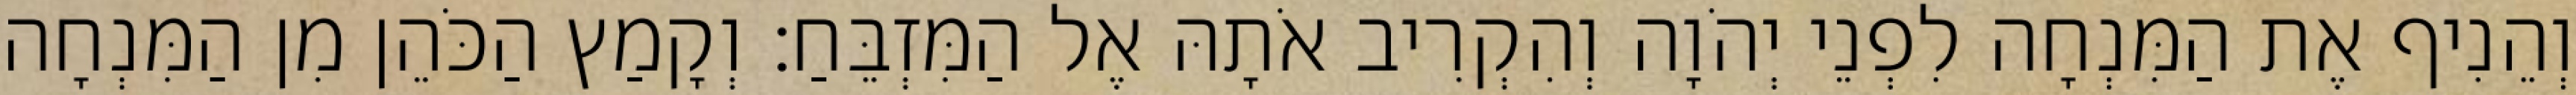
וְהֵנִיף אֶת הַמִּנְחָה לִפְנֵי יְהֹוָה וְהִקְרִיב אֹתָהּ אֶל הַמִּזְבֵּחַ׃ וְקָמַץ הַכֹּהֵן מִן הַמִּנְחָה